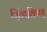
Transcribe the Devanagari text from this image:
सिंहविष्णू